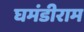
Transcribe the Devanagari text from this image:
घमंडीराम